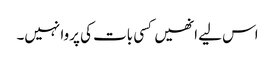
اس لیے انھیں کسی بات کی پروا نہیں۔